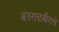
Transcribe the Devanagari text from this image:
अंतराळवीराचे